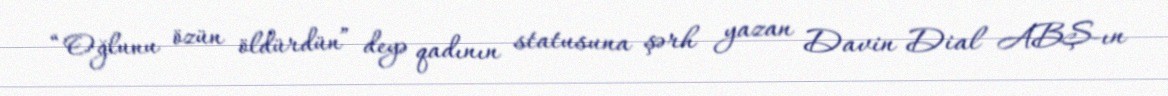
“Oğlunu özün öldürdün” deyə qadının statusuna şərh yazan Davin Dial ABŞ-ın